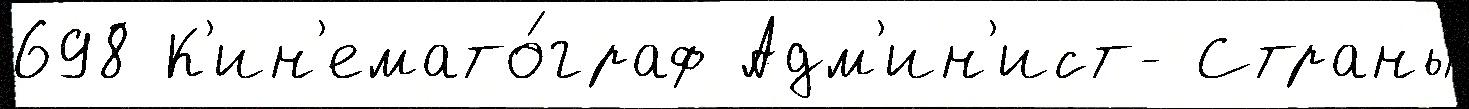
698 К'ин'емато́граф Адм'ин'ист- Страны